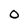
Character: O